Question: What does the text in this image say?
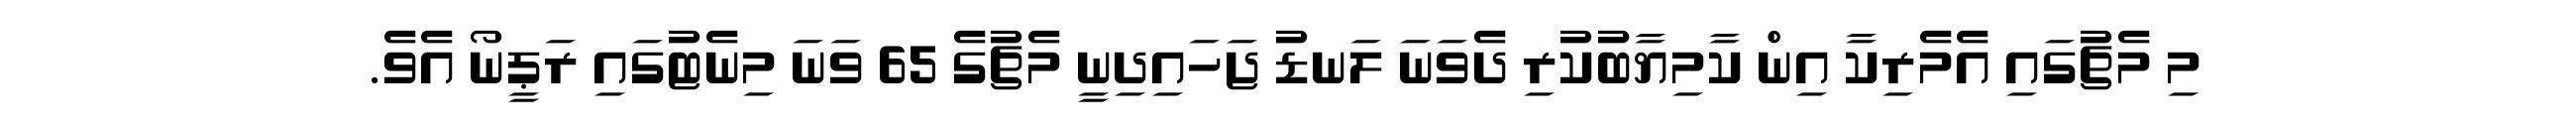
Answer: މި މެޗުގައި އެމެރިކާ އިން ކާމިޔާބުކުރި ދެވަނަ ލަނޑު ޖަހައިދިނީ މެޗުގެ 65 ވަނަ މިނެޓުގައި ރަޕީނޯ އެވެ.